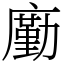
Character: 㢙